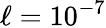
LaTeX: \ell=10^{-7}